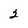
Character: 2